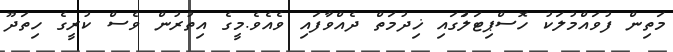
މަތިން ފުވައްމުލަކު ހޮސްޕިޓަލުަގައި ޚިދުމަތް ދެއްވާފައި ވެއެވެ.މީގެ އިތުރުން ވެސް ކުރީގެ ހިތަދޫ